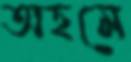
অহমে